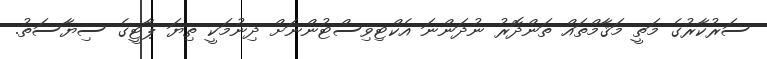
ސަރުކާރުގެ މަތީ މަޤާމްތައް ތަންދޮރު ނުދަންނަ އެކްޓިވިސްޓުންނަށް ދިނުމަކީ ތިޔަ ޕާޓީގެ ސިޔާސަތު.